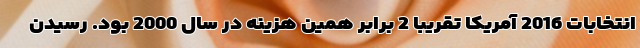
انتخابات 2016 آمریکا تقریبا 2 برابر همین هزینه در سال 2000 بود. رسیدن